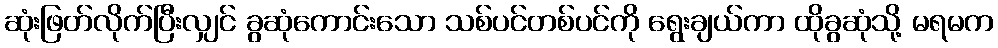
ဆုံးဖြတ်လိုက်ပြီးလျှင် ခွဆုံကောင်းသော သစ်ပင်တစ်ပင်ကို ရွေးချယ်ကာ ထိုခွဆုံသို့ မရမက